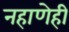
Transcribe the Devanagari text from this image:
नहाणेही